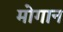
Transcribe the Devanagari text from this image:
मोगान